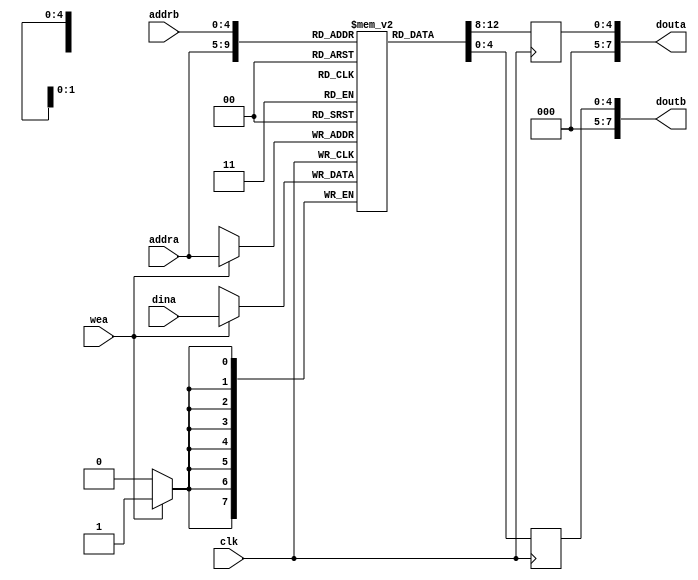
`timescale 1ns / 1ps
//////////////////////////////////////////////////////////////////////////////////
// Company: 
// 
// Design Name: 
// Module Name: dpram
// Project Name: dpram
// Target Devices:
// Tool Versions:
// Description: Dual Port RAM
// Dependencies: 
// Revision:
// Revision 0.01 - File Created
// Additional Comments:
// License: MIT
//  Copyright (c) 2020 Dmitry Matyunin
//  Permission is hereby granted, free of charge, to any person obtaining a copy
//  of this software and associated documentation files (the "Software"), to deal
//  in the Software without restriction, including without limitation the rights
//  to use, copy, modify, merge, publish, distribute, sublicense, and/or sell
//  copies of the Software, and to permit persons to whom the Software is
//  furnished to do so, subject to the following conditions:
//
//  The above copyright notice and this permission notice shall be included in
//  all copies or substantial portions of the Software.
//
//  THE SOFTWARE IS PROVIDED "AS IS", WITHOUT WARRANTY OF ANY KIND, EXPRESS OR
//  IMPLIED, INCLUDING BUT NOT LIMITED TO THE WARRANTIES OF MERCHANTABILITY
//  FITNESS FOR A PARTICULAR PURPOSE AND NONINFRINGEMENT. IN NO EVENT SHALL THE
//  AUTHORS OR COPYRIGHT HOLDERS BE LIABLE FOR ANY CLAIM, DAMAGES OR OTHER
//  LIABILITY, WHETHER IN AN ACTION OF CONTRACT, TORT OR OTHERWISE, ARISING FROM,
//  OUT OF OR IN CONNECTION WITH THE SOFTWARE OR THE USE OR OTHER DEALINGS IN
//  THE SOFTWARE.
// 
//////////////////////////////////////////////////////////////////////////////////

module dpram #(
	parameter MEMORY_TYPE = "block", // "block" or "distributed" 
	parameter DATA_WIDTH = 8,
	parameter ADDR_WIDTH = 5,
	parameter INIT_VALUE = 0,
	parameter INIT_FILE = ""
)
(
	input wire clk,
	input wire [DATA_WIDTH-1:0]dina,
	input wire [ADDR_WIDTH-1:0]addra,
	input wire [ADDR_WIDTH-1:0]addrb,
	input wire wea,
	output wire [DATA_WIDTH-1:0]douta,
	output wire [DATA_WIDTH-1:0]doutb
);

(* ram_style = MEMORY_TYPE *) reg [DATA_WIDTH-1:0]ram[2**ADDR_WIDTH-1:0];
reg [ADDR_WIDTH-1:0]rdouta; 
reg [ADDR_WIDTH-1:0]rdoutb;
integer i;

assign douta = rdouta;
assign doutb = rdoutb;

initial begin
	if (INIT_FILE == "") begin
		for (i = 0; i < 2**ADDR_WIDTH; i = i + 1) begin
			ram[i] = INIT_VALUE;
		end
	end else begin
		$readmemh(INIT_FILE, ram); 
	end
end

always @(posedge clk) begin
	if (wea) begin
		ram[addra] <= dina;
	end
	rdouta <= ram[addra];
	rdoutb <= ram[addrb];
end
	
endmodule